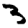
Digit: 3